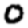
Digit: 0